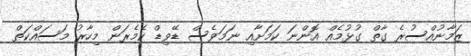
ޒަމާނުއްސުރެ ގާތް ގުޅުމެއް އޮންނަ ކަމަށާއި ނަމަވެސް ޑޭވިޑް ކެމެރަން މިހާރު މަސައްކަތް